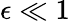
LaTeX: \epsilon\ll 1